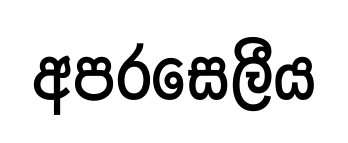
අපරසෙලීය